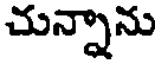
చున్నాను